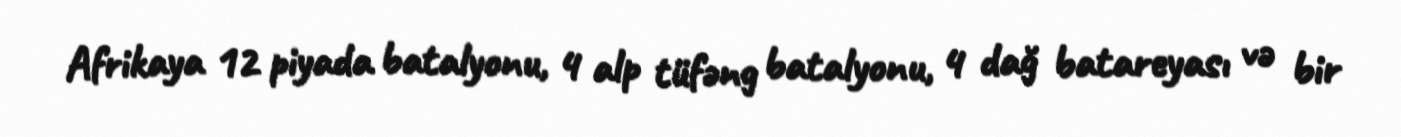
Afrikaya 12 piyada batalyonu, 4 alp tüfəng batalyonu, 4 dağ batareyası və bir